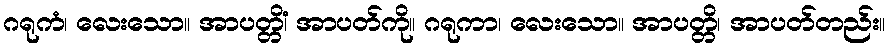
ဂရုကံ၊ လေးသော။ အာပတ္တိံ၊ အာပတ်ကို။ ဂရုကာ၊ လေးသော။ အာပတ္တိ၊ အာပတ်တည်း။